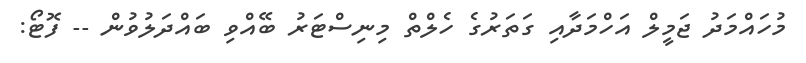
މުހައްމަދު ޖަމީލް އަހްމަދާއި ގަތަރުގެ ހެލްތް މިނިސްޓަރު ބޭއްވި ބައްދަލުވުން -- ފޮޓޯ: